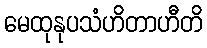
မေထုနုပသံဟိတာဟီတိ